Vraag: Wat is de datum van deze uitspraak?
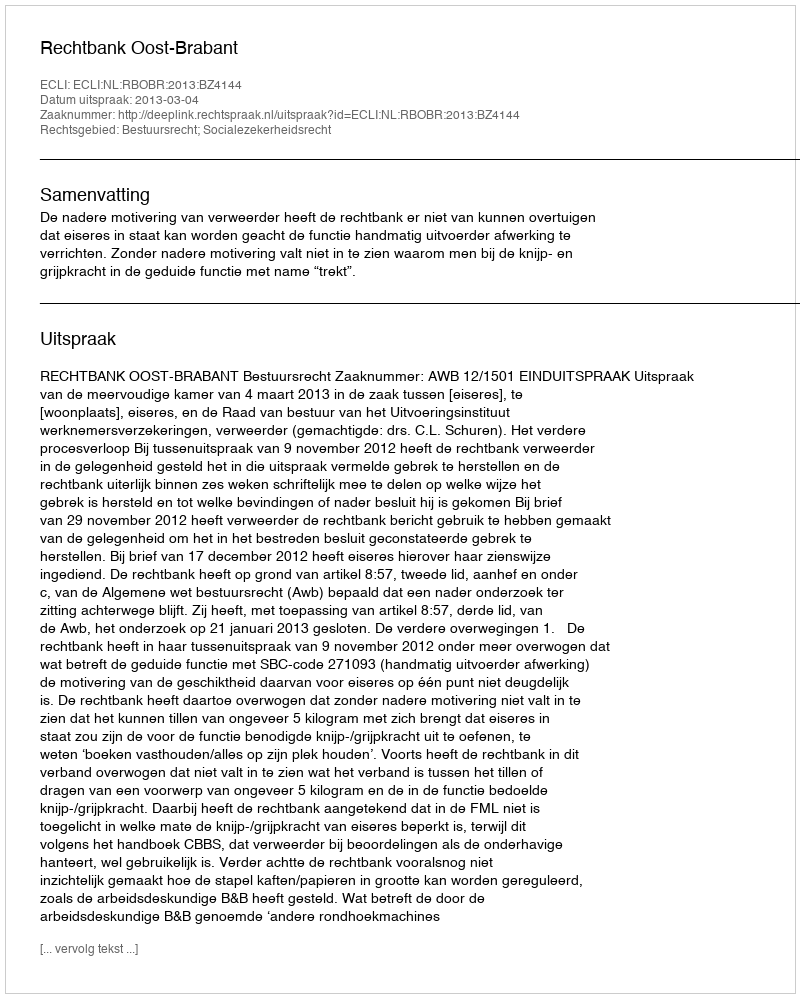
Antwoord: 2013-03-04